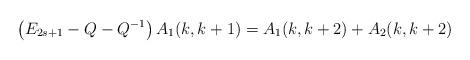
LaTeX: \begin{align*}\left( E_{2s+1}-Q-Q^{-1}\right) A_{1}(k,k+1)=A_{1}(k,k+2)+A_{2}(k,k+2)\end{align*}